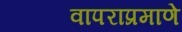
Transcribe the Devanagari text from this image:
वापराप्रमाणे